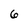
Character: 6